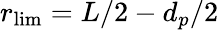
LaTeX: r_{\mathrm{lim}}=L/2-d_{p}/2